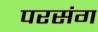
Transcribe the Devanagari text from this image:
परसंग